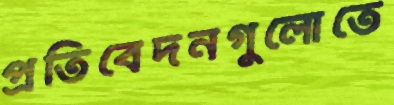
প্রতিবেদনগুলোতে